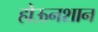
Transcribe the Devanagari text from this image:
होऊनशान